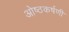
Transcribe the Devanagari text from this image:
ओष्ठकर्षणी